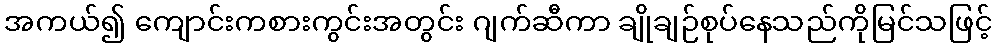
အကယ်၍ ကျောင်းကစားကွင်းအတွင်း ဂျက်ဆီကာ ချိုချဉ်စုပ်နေသည်ကိုမြင်သဖြင့်